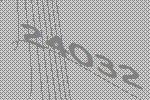
24032